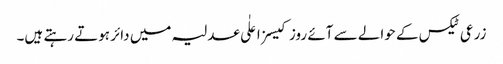
زرعی ٹیکس کے حوالے سے آئے روز کیسز اعلٰی عدلیہ میں دائر ہوتے رہتے ہیں۔